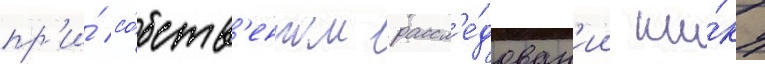
пр'и́ со́бств'енном рассл'е́дован'ии ши́ку